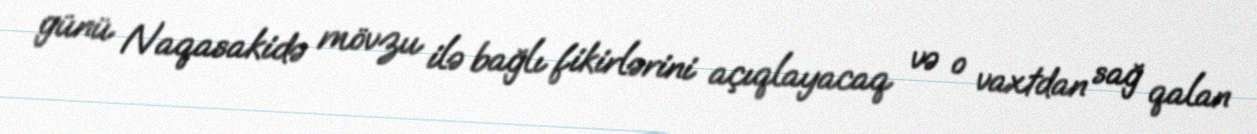
günü Naqasakidə mövzu ilə bağlı fikirlərini açıqlayacaq və o vaxtdan sağ qalan